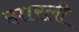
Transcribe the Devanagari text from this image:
झारली